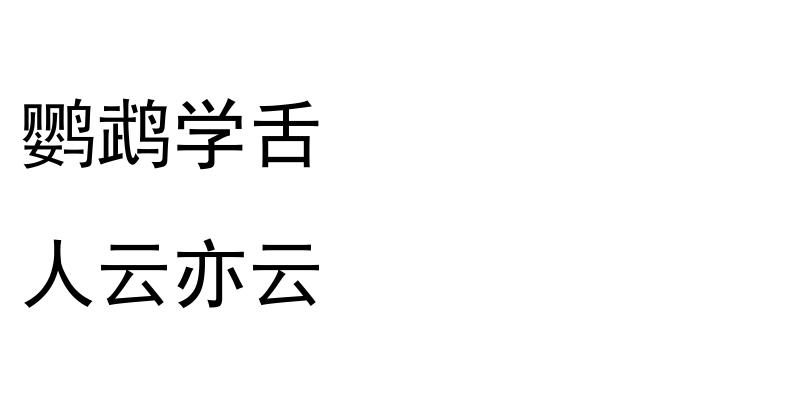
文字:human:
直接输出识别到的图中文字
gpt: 鹦鹉学舌 人云亦云